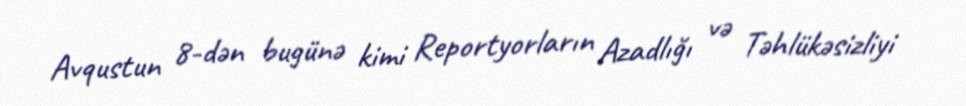
Avqustun 8-dən bugünə kimi Reportyorların Azadlığı və Təhlükəsizliyi